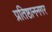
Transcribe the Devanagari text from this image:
प्रतिष्ठाननगर